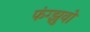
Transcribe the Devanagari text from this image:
फंग्झुवो